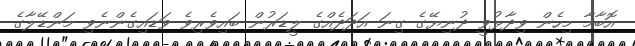
އޮބާމާ މިހެން ވިދާޅުވީ ދުނިޔޭގެ ގިނަ އަދަދެއްގެ ލީޑަރުން ބައިވެރިވެ ވަޑައިގެންނެވި މަންޑޭލާގެ